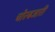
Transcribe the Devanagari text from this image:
चोरबजारी